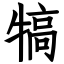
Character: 犒